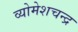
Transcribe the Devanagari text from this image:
व्योमेशचन्द्र